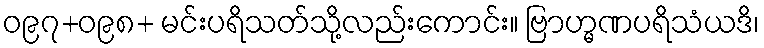
ဝ၉၇+ဝ၉၈+ မင်းပရိသတ်သို့လည်းကောင်း။ ဗြာဟ္မဏပရိသံယဒိ၊